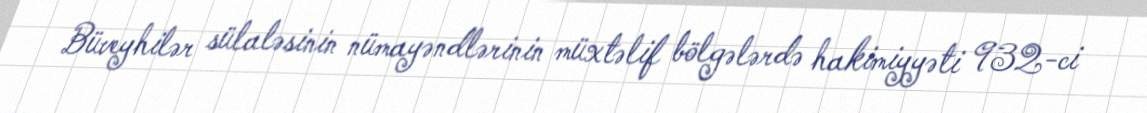
Büveyhilər sülaləsinin nümayəndlərinin müxtəlif bölgələrdə hakimiyyəti 932-ci